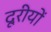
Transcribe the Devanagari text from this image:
दूरीयों